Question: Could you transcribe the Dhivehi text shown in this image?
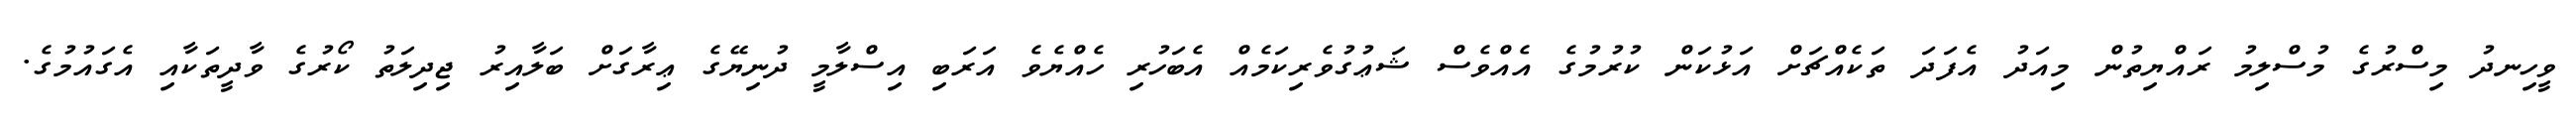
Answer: ވީހިނދު މިސްރުގެ މުސްލިމު ރައްޔިތުން މިއަދު އެފަދަ ތަކެއްޗަށް އަޅުކަން ކުރުމުގެ އެއްވެސް ޝަޢުގުވެރިކަމެއް އެބަހުރި ހެއްޔެވެ އަރަބި އިސްލާމީ ދުނިޔޭގެ ޢިރާގަށް ބަލާއިރު ޖިދިލަތު ކޯރުގެ ވާދީތަކާއި އެގައުމުގެ.